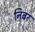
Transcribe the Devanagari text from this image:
निबर